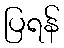
ပြရန်